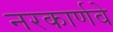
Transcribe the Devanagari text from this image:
नरकार्णवे